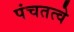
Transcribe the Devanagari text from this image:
पंचतत्वे